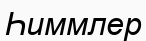
Һиммлер